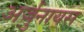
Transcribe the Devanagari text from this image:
अर्जुनायस